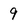
Character: 9